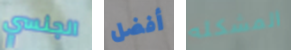
الجنسي أفضل المشكله